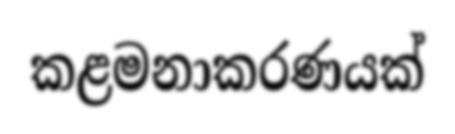
කළමනාකරණයක්